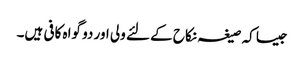
جیسا کہ صیغہ نکاح کے لئے ولی اور دو گواہ کافی ہیں۔